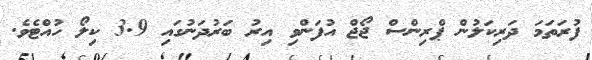
ފުރަތަމަ ދަރިކަލުން ޕްރިންސް ޖޯޖް އުފަންވި އިރު ބަރުދަނުގައި 3.9 ކިލޯ ހުއްޓެވެ.